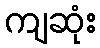
ကျဆုံး